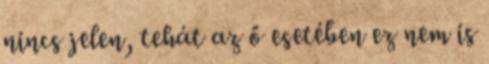
nincs jelen, tehát az ő esetében ez nem is